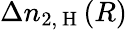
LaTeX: \Delta n_{2,\mathrm{~H~}}(R)